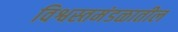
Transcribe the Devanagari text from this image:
विश्वस्तमंडळातील